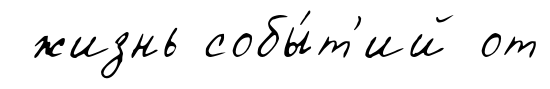
жизнь собы́т'ий от